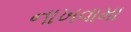
નાખવામા